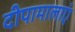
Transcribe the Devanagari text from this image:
दीपामालाएं